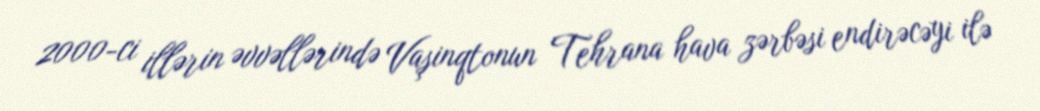
2000-ci illərin əvvəllərində Vaşinqtonun Tehrana hava zərbəsi endirəcəyi ilə